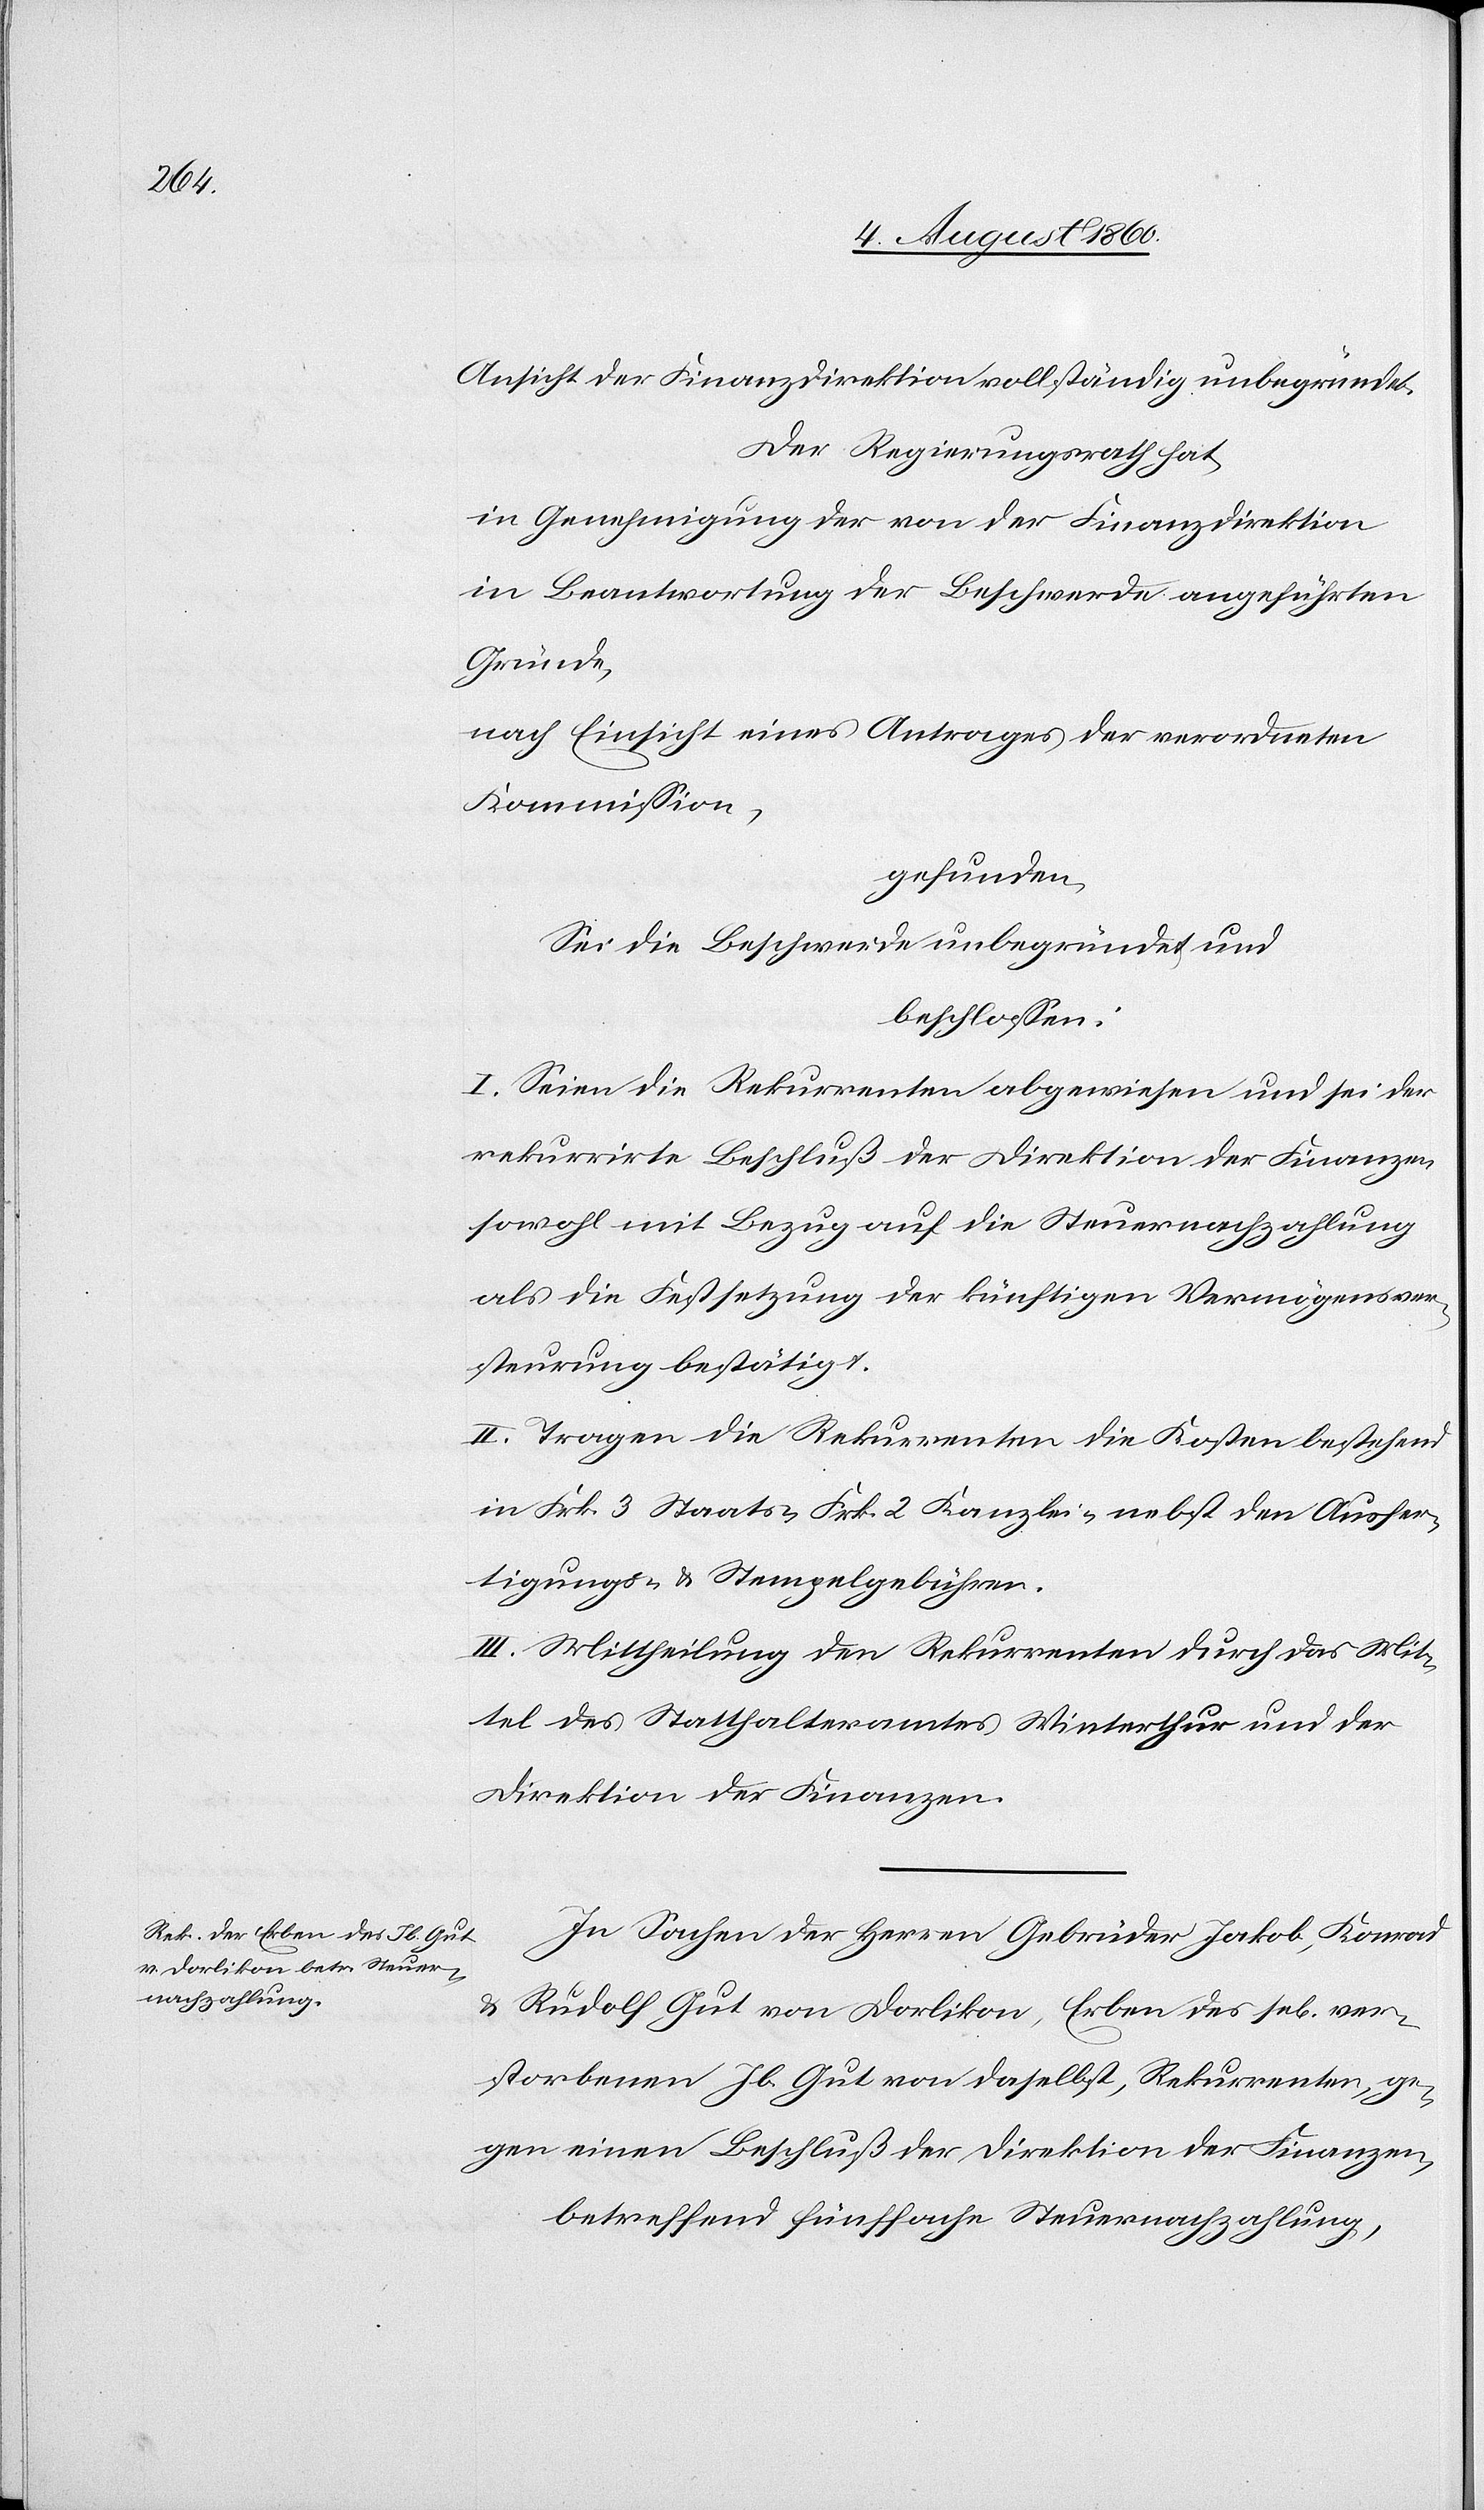
Der Regierungsrath hat,
in Genehmigung der von der Finanzdirektion
in Beantwortung der Beschwerde angeführten
Gründe,
nach Einsicht eines Antrages der verordneten
Kommission,
gefunden:
Sei die Beschwerde unbegründet und
beschlossen:
I. Seien die Rekurrenten abgewiesen und sei der
rekurrirte Beschluss der Direktion der Finanzen
sowohl mit Bezug auf die Steuernachzahlung
als die Festsetzung der künftigen Vermögensver¬
steurung bestätigt.
II. Tragen die Rekurrenten die Kosten, bestehend
in Frk. 3 Staats- fcs. 2 Kanzlei- nebst den Ausfer¬
tigungs- u. Stempelgebühren.
III. Mittheilung den Rekurrenten durch das Mit¬
tel des Statthalteramtes Winterthur und der
Direktion der Finanzen.
In Sachen der Herren Gebrüder Jakob, Konrad
und Rudolf Gut von Dorlikon, Erben des sel. ver¬
storbenen Jb. Gut von daselbst, Rekurrenten ge¬
gen einen Beschluss der Direktion der Finanzen,
betreffend fünffache Steuernachzahlung